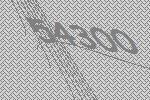
54300